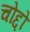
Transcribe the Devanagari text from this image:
चोद्दो